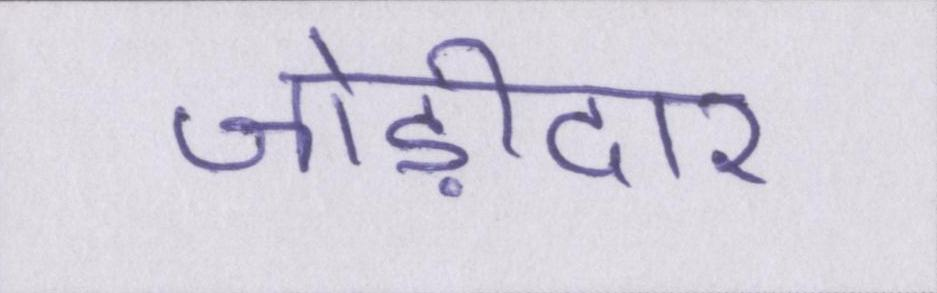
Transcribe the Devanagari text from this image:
जोड़ीदार